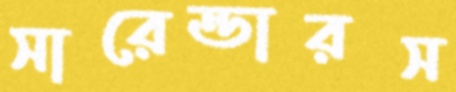
সারেন্ডারস